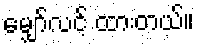
မျှော်လင့် ထားတယ်။